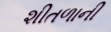
શીતળાની